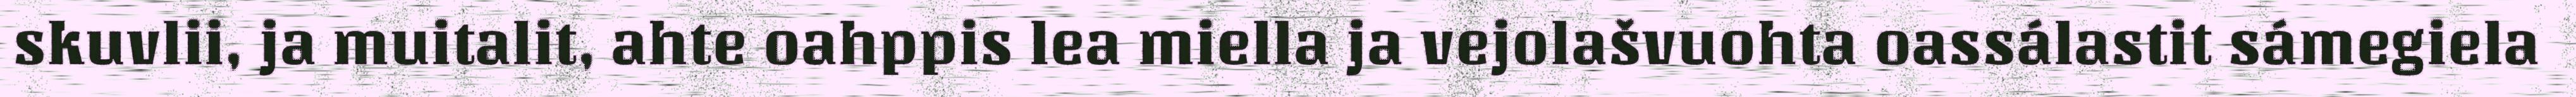
skuvlii, ja muitalit, ahte oahppis lea miella ja vejolašvuohta oassálastit sámegiela